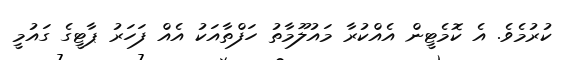
ކުރުމެވެ. އެ ކޮމެޓީން އެއްކުރާ މައުލޫމާތު ހަފްތާއަކު އެއް ފަހަރު ޕާޓީގެ ގައުމީ